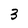
Character: 3